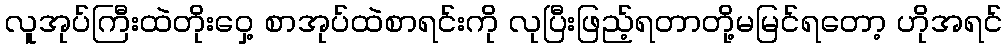
လူအုပ်ကြီးထဲတိုးဝှေ့ စာအုပ်ထဲစာရင်းကို လုပြီးဖြည့်ရတာတို့မမြင်ရတော့ ဟိုအရင်